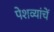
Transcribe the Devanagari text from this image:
पेशव्यांचें